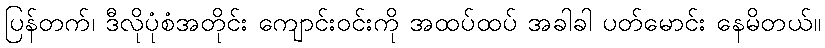
ပြန်တက်၊ ဒီလိုပုံစံအတိုင်း ကျောင်းဝင်းကို အထပ်ထပ် အခါခါ ပတ်မောင်း နေမိတယ်။